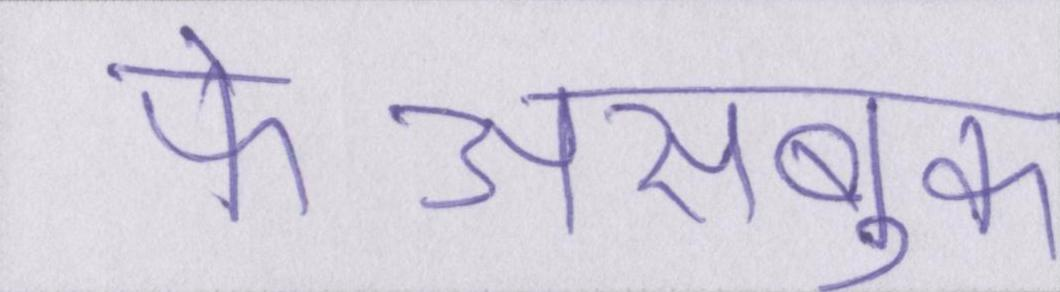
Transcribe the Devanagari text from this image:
फेअसबुक